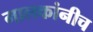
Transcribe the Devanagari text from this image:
मालकांनीच